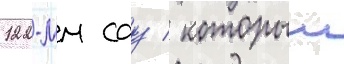
122-мм сау / которыи